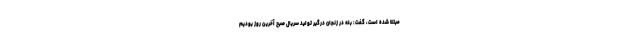
مبتلا شده است، گفت: بله در زنجان درگیر تولید سریال صبح آخرین روز بودیم